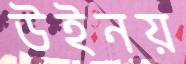
উইনয়